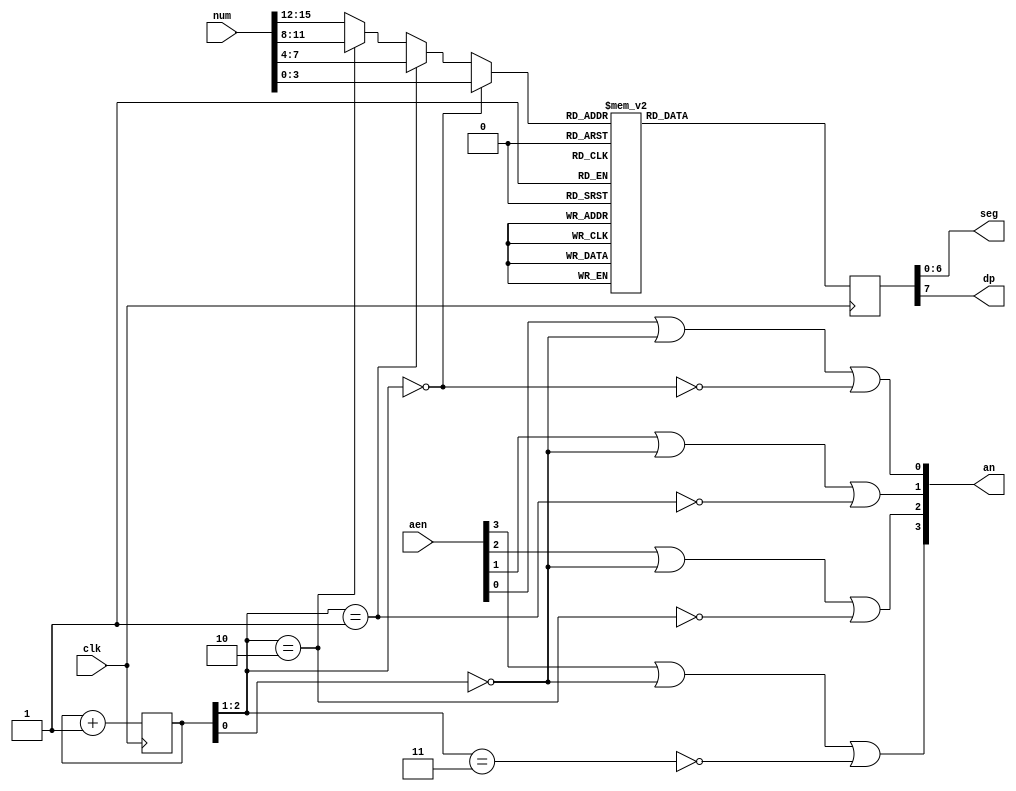
module segMaster(
    input clk,
    input [15:0] num,
    input [3:0] aen, 
    output [6:0] seg,
    output [3:0] an,
    output dp
);
reg [2:0] ctr = 0;
wire [1:0] i;
assign i = ctr [2:1];
wire [3:0] BCD;
assign BCD = (i == 0 ? num[3:0] : (i == 1 ? num[7:4] :(i == 2 ? num[11:8] : num[15:12] )));
reg [7:0] SevenSeg;
always @ (posedge clk)
case(BCD)
    4'h0: SevenSeg = 8'b11000000;
    4'h1: SevenSeg = 8'b11111001;
    4'h2: SevenSeg = 8'b10100100;
    4'h3: SevenSeg = 8'b10110000;
    4'h4: SevenSeg = 8'b10011001;
    4'h5: SevenSeg = 8'b10010010;
    4'h6: SevenSeg = 8'b10000010;
    4'h7: SevenSeg = 8'b11111000;
    4'h8: SevenSeg = 8'b10000000;
    4'h9: SevenSeg = 8'b10010000;
    4'hA: SevenSeg = 8'b10001000;
    4'hB: SevenSeg = 8'b10000011;
    4'hC: SevenSeg = 8'b11000110;
    4'hD: SevenSeg = 8'b10100001;
    4'hE: SevenSeg = 8'b10000110;
    4'hF: SevenSeg = 8'b10001110;
 default: SevenSeg = 8'b01111111;
endcase
assign {dp, seg[6:0]} = SevenSeg;
always @ (posedge clk) begin
    ctr = ctr + 1;
end
assign an[3] = aen[3] || ~ctr[0] || ~(i == 3);
assign an[2] = aen[2] || ~ctr[0] || ~(i == 2);
assign an[1] = aen[1] || ~ctr[0] || ~(i == 1);
assign an[0] = aen[0] || ~ctr[0] || ~(i == 0);
endmodule